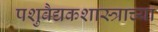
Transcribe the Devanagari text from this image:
पशुवैद्यकशास्त्राच्या